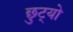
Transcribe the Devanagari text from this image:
छुट्यो